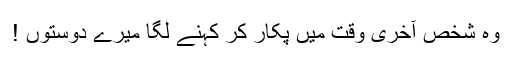
وہ شخص آخری وقت میں پکار کر کہنے لگا میرے دوستوں !